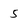
Character: 5